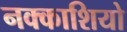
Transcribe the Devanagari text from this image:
नक्‍काशियो